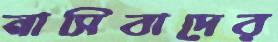
নাসিবাদের